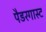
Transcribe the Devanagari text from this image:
पैडरगास्ट